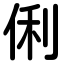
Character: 俐